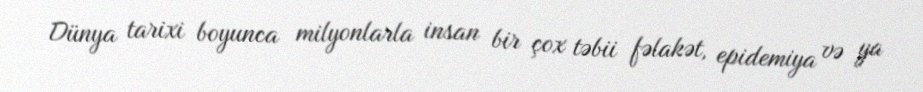
Dünya tarixi boyunca milyonlarla insan bir çox təbii fəlakət, epidemiya və ya